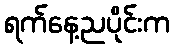
ရက်နေ့ညပိုင်းက